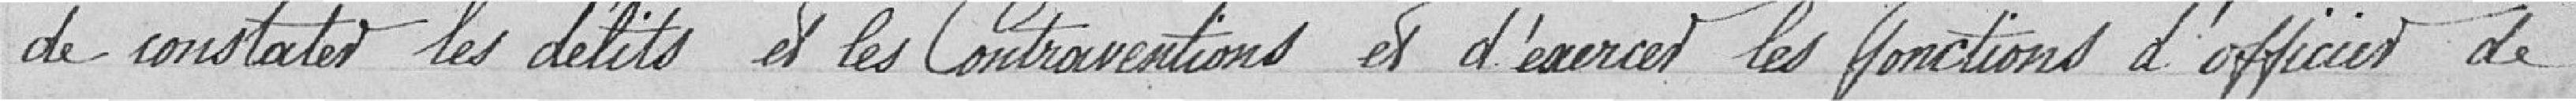
de constater les délits et les Contraventions et d'exercer les fonctions d'officier de